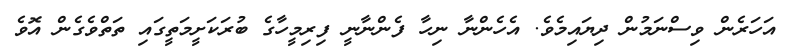
އަހަރެން ވިސްނަމުން ދިޔައިމެވެ. އެހެންނާ ނިހާ ފެންނާނީ ފިރިމީހާގެ ބުރަކަށީމަތީގައި ތަތްވެެގެން އޮވެ